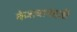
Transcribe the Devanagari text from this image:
केशवानंदजी